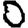
Digit: 0